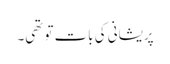
پریشانی کی بات تو تھی۔